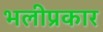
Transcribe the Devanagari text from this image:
भलीप्रकार